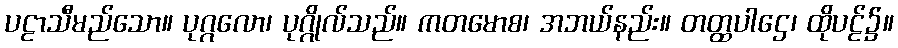
ပဠာသီမည်သော။ ပုဂ္ဂလော၊ ပုဂ္ဂိုလ်သည်။ ကတမောစ၊ အဘယ်နည်း။ တတ္ထပါဌေ၊ ထိုပဠ်၌။